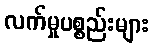
လက်မှုပစ္စည်းများ